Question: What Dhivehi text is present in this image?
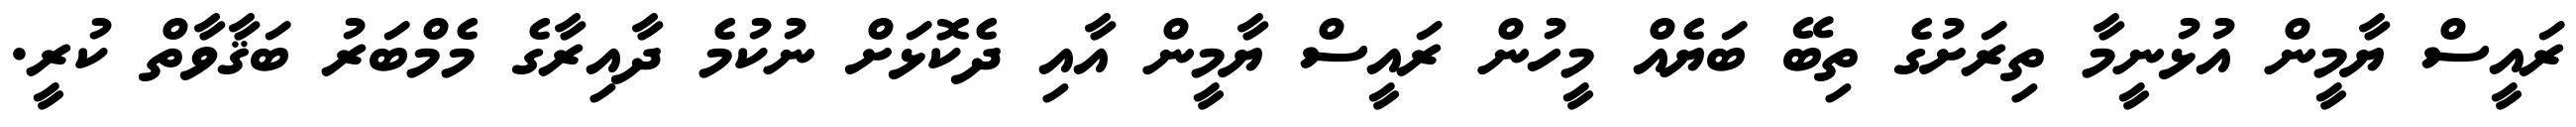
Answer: ރައީސް ޔާމީން އުޅުނީމާ ތިރަށުގެ ތިބޭ ބަޔެއް މީހުން ރައީސް ޔާމީން އާއި ދެކޮޅަށް ނުކުމެ ދާއިރާގެ މެމްބަރު ބަޤާވާތް ކުރީ.